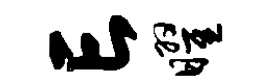
亡曜